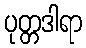
ပုတ္တဒါရာ